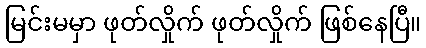
မြင်းမမှာ ဖုတ်လှိုက် ဖုတ်လှိုက် ဖြစ်နေပြီ။